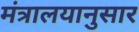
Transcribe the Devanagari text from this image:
मंत्रालयानुसार